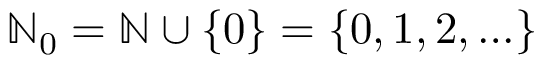
\ensuremath { \mathbb { N } } _ { 0 } = \ensuremath { \mathbb { N } } \cup \{ 0 \} = \{ 0 , 1 , 2 , \ldots \}